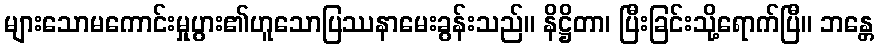
များသောမကောင်းမှုပွား၏ဟူသောပြဿနာမေးခွန်းသည်။ နိဋ္ဌိတာ၊ ပြီးခြင်းသို့ရောက်ပြီ။ ဘန္တေ